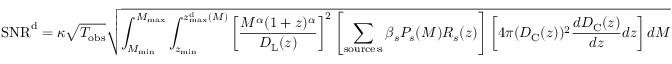
\mathrm { S N R } ^ { \mathrm { { d } } } = \kappa \sqrt { T _ { \mathrm { o b s } } } \sqrt { \int _ { M _ { \mathrm { m i n } } } ^ { M _ { \mathrm { m a x } } } \int _ { z _ { \mathrm { m i n } } } ^ { z _ { \mathrm { m a x } } ^ { \mathrm { { d } } } ( M ) } \left[ \frac { M ^ { \alpha } ( 1 + z ) ^ { \alpha } } { D _ { \mathrm { L } } ( z ) } \right] ^ { 2 } \left[ \sum _ { \mathrm { { s o u r c e : s } } } \beta _ { s } P _ { s } ( M ) R _ { s } ( z ) \right] \left[ 4 \pi ( D _ { \mathrm { C } } ( z ) ) ^ { 2 } \frac { d D _ { \mathrm { { C } } } ( z ) } { d z } d z \right] d M }